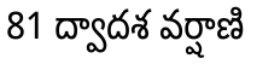
81 ద్వాదశ వర్షాణి